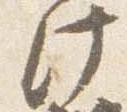
此